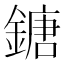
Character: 鎕